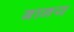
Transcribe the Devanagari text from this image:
बानय